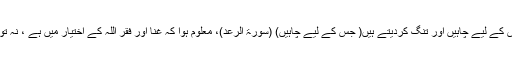
جیسا کہ رب تعالیٰ خود ارشاد فرماتے ہیں کہ : ” اللہ رب العزت رزق کشادہ کر دیتے ہیں جس کے لیے چاہیں اور تنگ کردیتے ہیں( جس کے لیے چاہیں) (سورۃ الرعد)، معلوم ہوا کہ غنا اور فقر اللہ کے اختیار میں ہے ، نہ تو مال دار کو اپنی مال داری پر اترانے کا حق ہے اور نہ غریب کو اپنی غربت پر ناشکری کا۔